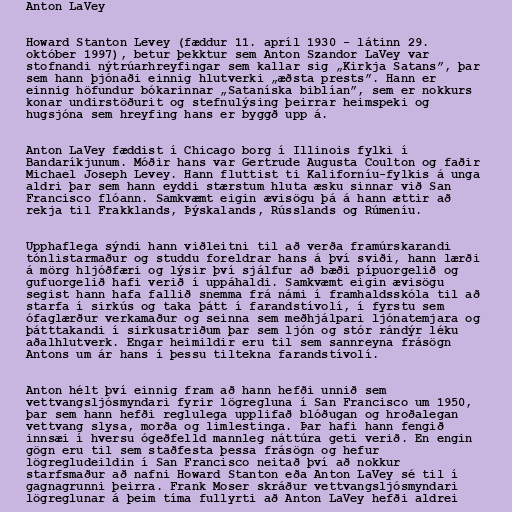
Anton LaVey

Howard Stanton Levey (fæddur 11. apríl 1930 - látinn 29.
október 1997), betur þekktur sem Anton Szandor LaVey var
stofnandi nýtrúarhreyfingar sem kallar sig „Kirkja Satans”, þar
sem hann þjónaði einnig hlutverki „æðsta prests”. Hann er
einnig höfundur bókarinnar „Sataníska biblían”, sem er nokkurs
konar undirstöðurit og stefnulýsing þeirrar heimspeki og
hugsjóna sem hreyfing hans er byggð upp á.

Anton LaVey fæddist í Chicago borg í Illinois fylki í
Bandaríkjunum. Móðir hans var Gertrude Augusta Coulton og faðir
Michael Joseph Levey. Hann fluttist ti Kaliforníu-fylkis á unga
aldri þar sem hann eyddi stærstum hluta æsku sinnar við San
Francisco flóann. Samkvæmt eigin ævisögu þá á hann ættir að
rekja til Frakklands, Þýskalands, Rússlands og Rúmeníu.

Upphaflega sýndi hann viðleitni til að verða framúrskarandi
tónlistarmaður og studdu foreldrar hans á því sviði, hann lærði
á mörg hljóðfæri og lýsir því sjálfur að bæði pípuorgelið og
gufuorgelið hafi verið í uppáhaldi. Samkvæmt eigin ævisögu
segist hann hafa fallið snemma frá námi í framhaldsskóla til að
starfa í sirkús og taka þátt í farandstívolí, í fyrstu sem
ófaglærður verkamaður og seinna sem meðhjálpari ljónatemjara og
þátttakandi í sirkusatriðum þar sem ljón og stór rándýr léku
aðalhlutverk. Engar heimildir eru til sem sannreyna frásögn
Antons um ár hans í þessu tiltekna farandstívolí.

Anton hélt því einnig fram að hann hefði unnið sem
vettvangsljósmyndari fyrir lögregluna í San Francisco um 1950,
þar sem hann hefði reglulega upplifað blóðugan og hroðalegan
vettvang slysa, morða og limlestinga. Þar hafi hann fengið
innsæi í hversu ógeðfelld mannleg náttúra geti verið. En engin
gögn eru til sem staðfesta þessa frásögn og hefur
lögregludeildin í San Francisco neitað því að nokkur
starfsmaður að nafni Howard Stanton eða Anton LaVey sé til í
gagnagrunni þeirra. Frank Moser skráður vettvangsljósmyndari
lögreglunar á þeim tíma fullyrti að Anton LaVey hefði aldrei